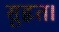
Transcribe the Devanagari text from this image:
सुहृत।